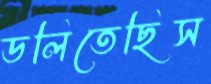
ডলিতেছিস